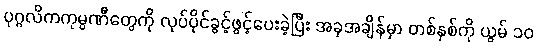
ပုဂ္ဂလိကကုမ္ပဏီတွေကို လုပ်ပိုင်ခွင့်ဖွင့်ပေးခဲ့ပြီး အခုအချိန်မှာ တစ်နှစ်ကို ယွမ် ၁၀